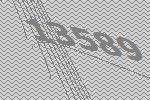
13589